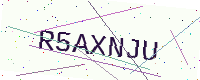
Text: R5AXNJU